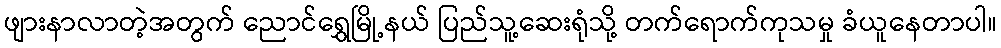
ဖျားနာလာတဲ့အတွက် ညောင်ရွှေမြို့နယ် ပြည်သူ့ဆေးရုံသို့ တက်ရောက်ကုသမှု ခံယူနေတာပါ။